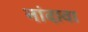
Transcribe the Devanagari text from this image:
नांदावा